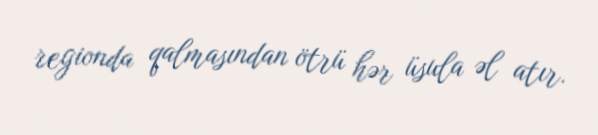
regionda qalmasından ötrü hər üsula əl atır.